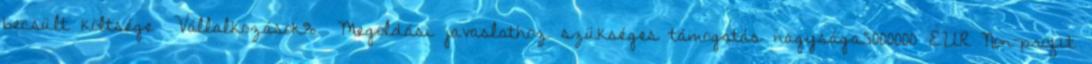
becsült költsége ▪Vállalkozások% ▪Megoldási javaslathoz szükséges támogatás nagysága5000000 EUR▪Non-profit